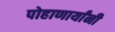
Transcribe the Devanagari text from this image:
पोहाणार्यांनी